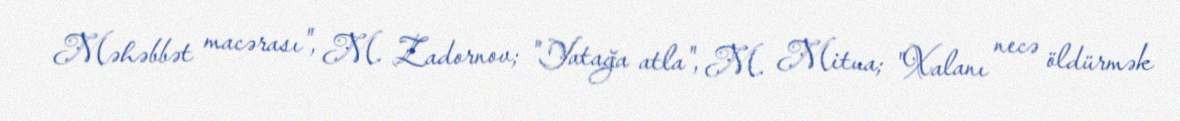
Məhəbbət macərası", M. Zadornov; "Yatağa atla", M. Mitua; "Xalanı necə öldürmək